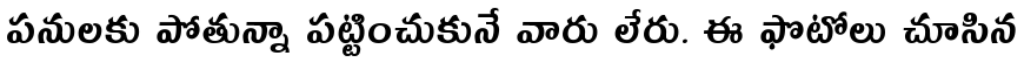
పనులకు పోతున్నా పట్టించుకునే వారు లేరు. ఈ ఫొటోలు చూసిన